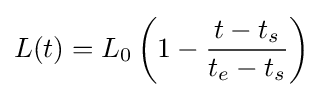
L(t)=L_{0}\left(1-{\frac {t-t_{s}}{t_{e}-t_{s}}}\right)